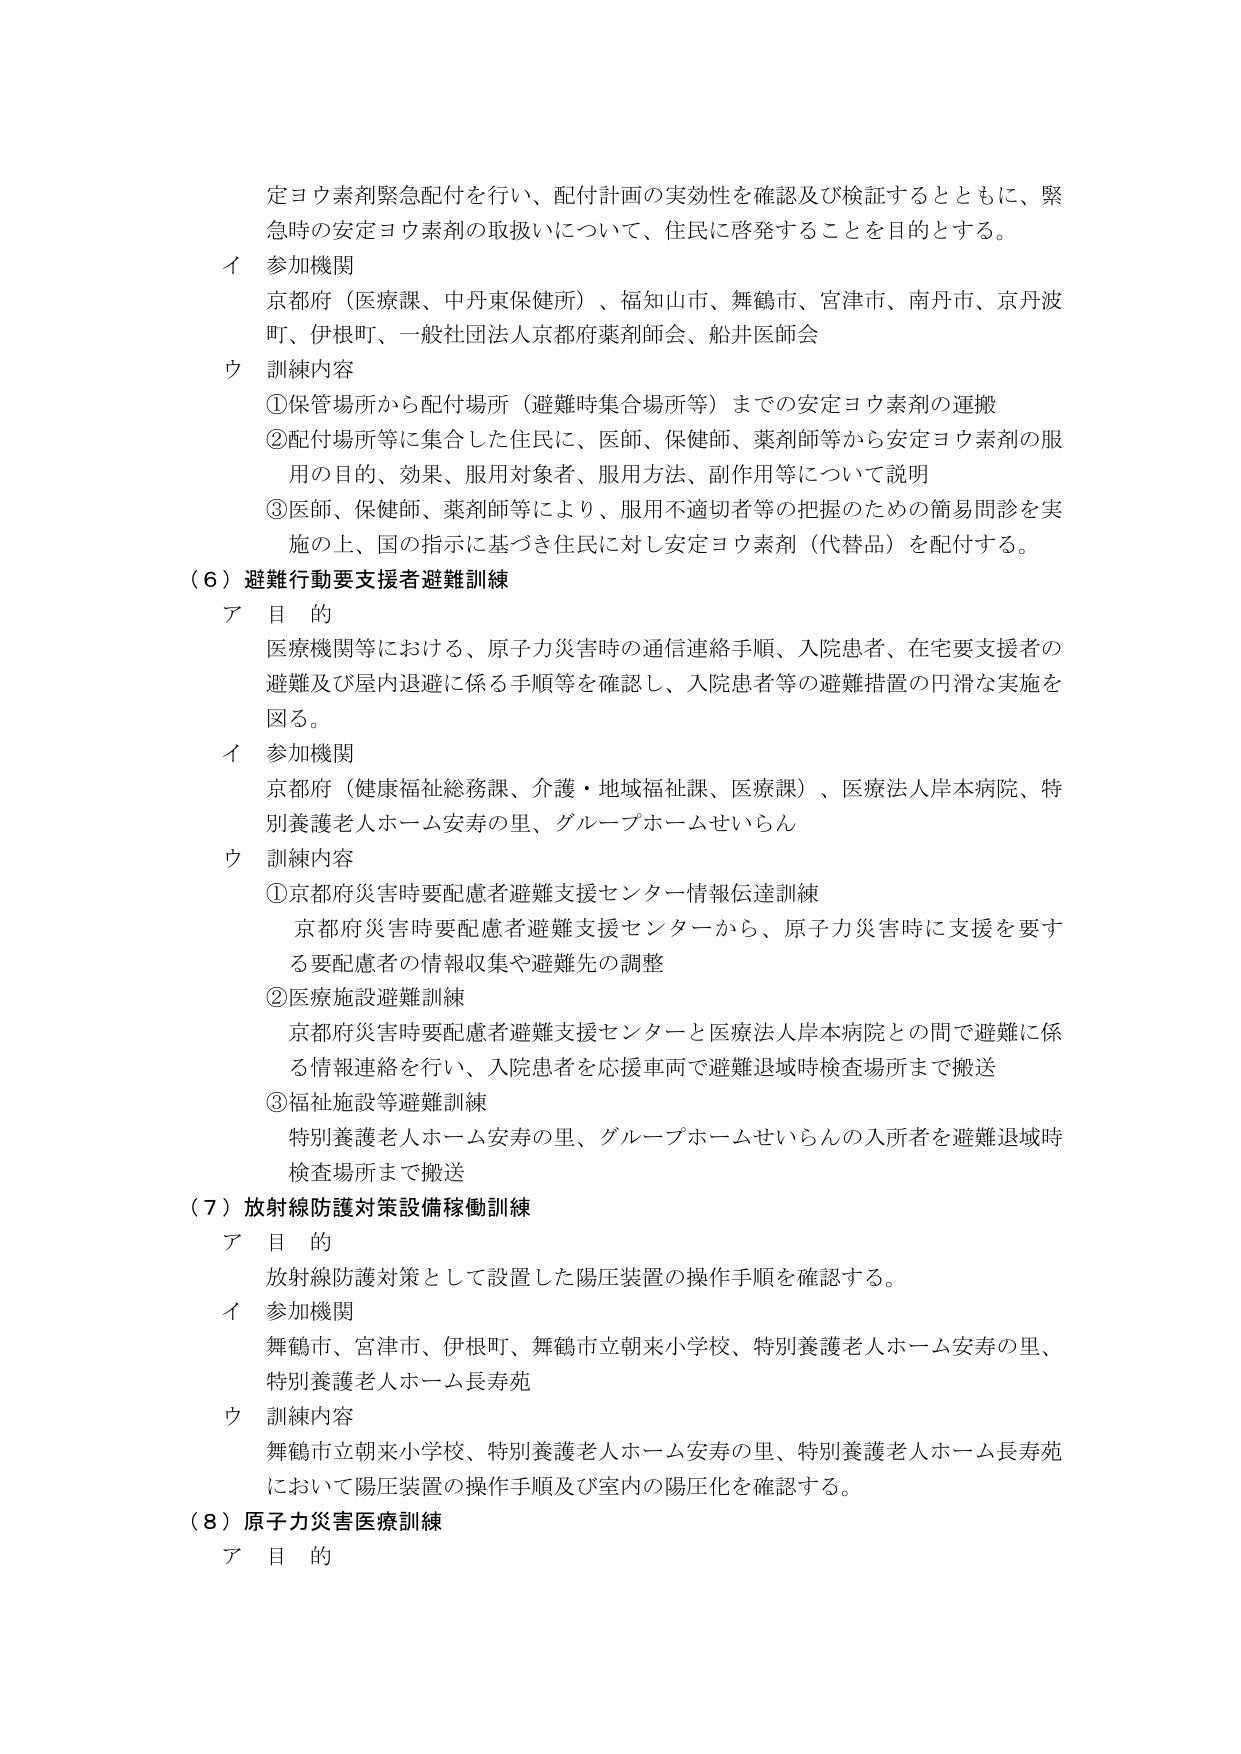
定ヨウ素剤緊急配付を行い、配付計画の実効性を確認及び検証するとともに、緊急時の安定ヨウ素剤の取扱いについて、住民に啓発することを目的とする。

イ 参加機関
京都府（医療課、中丹東保健所）、福知山市、舞鶴市、宮津市、南丹市、京丹波町、伊根町、一般社団法人京都府薬剤師会、船井医師会

ウ 訓練内容
①保管場所から配付場所（避難時集合場所等）までの安定ヨウ素剤の運搬
②配付場所等に集合した住民に、医師、保健師、薬剤師等から安定ヨウ素剤の服用の目的、効果、服用対象者、服用方法、副作用等について説明
③医師、保健師、薬剤師等により、服用不適切者等の把握のための簡易問診を実施の上、国の指示に基づき住民に対し安定ヨウ素剤（代替品）を配付する。

（６）避難行動要支援者避難訓練
ア 目 的
医療機関等における、原子力災害時の通信連絡手順、入院患者、在宅要支援者の避難及び屋内退避に係る手順等を確認し、入院患者等の避難措置の円滑な実施を図る。

イ 参加機関
京都府（健康福祉総務課、介護・地域福祉課、医療課）、医療法人岸本病院、特別養護老人ホーム安寿の里、グループホームせいらん

ウ 訓練内容
①京都府災害時要配慮者避難支援センター情報伝達訓練
京都府災害時要配慮者避難支援センターから、原子力災害時に支援を要する要配慮者の情報収集や避難先の調整
②医療施設避難訓練
京都府災害時要配慮者避難支援センターと医療法人岸本病院との間で避難に係る情報連絡を行い、入院患者を応援車両で避難退域時検査場所まで搬送
③福祉施設等避難訓練
特別養護老人ホーム安寿の里、グループホームせいらんの入所者を避難退域時検査場所まで搬送

（７）放射線防護対策設備稼働訓練
ア 目 的
放射線防護対策として設置した陽圧装置の操作手順を確認する。

イ 参加機関
舞鶴市、宮津市、伊根町、舞鶴市立朝来小学校、特別養護老人ホーム安寿の里、特別養護老人ホーム長寿苑

ウ 訓練内容
舞鶴市立朝来小学校、特別養護老人ホーム安寿の里、特別養護老人ホーム長寿苑において陽圧装置の操作手順及び室内の陽圧化を確認する。

（８）原子力災害医療訓練
ア 目 的